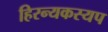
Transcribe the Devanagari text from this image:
हिरन्यकस्यप